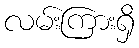
လမ်းကြားရှိ